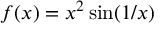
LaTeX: f ( x ) = x ^ { 2 } \sin ( 1 / x )